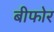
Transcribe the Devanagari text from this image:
बीफोर